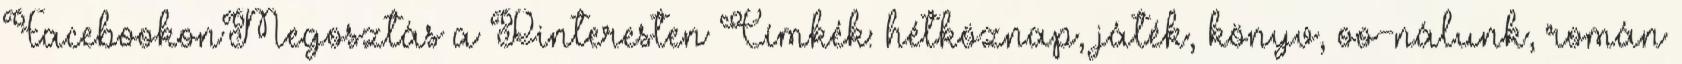
FacebookonMegosztás a Pinteresten Címkék: hétköznap, játék, könyv, oo-nálunk, román